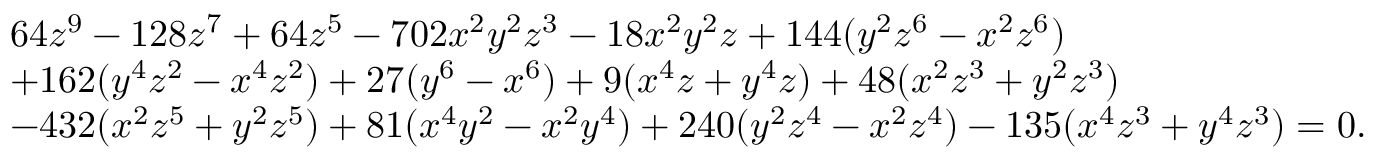
{ \begin{array} { r l } & { 6 4 z ^ { 9 } - 1 2 8 z ^ { 7 } + 6 4 z ^ { 5 } - 7 0 2 x ^ { 2 } y ^ { 2 } z ^ { 3 } - 1 8 x ^ { 2 } y ^ { 2 } z + 1 4 4 ( y ^ { 2 } z ^ { 6 } - x ^ { 2 } z ^ { 6 } ) } \\ & { + 1 6 2 ( y ^ { 4 } z ^ { 2 } - x ^ { 4 } z ^ { 2 } ) + 2 7 ( y ^ { 6 } - x ^ { 6 } ) + 9 ( x ^ { 4 } z + y ^ { 4 } z ) + 4 8 ( x ^ { 2 } z ^ { 3 } + y ^ { 2 } z ^ { 3 } ) } \\ & { - 4 3 2 ( x ^ { 2 } z ^ { 5 } + y ^ { 2 } z ^ { 5 } ) + 8 1 ( x ^ { 4 } y ^ { 2 } - x ^ { 2 } y ^ { 4 } ) + 2 4 0 ( y ^ { 2 } z ^ { 4 } - x ^ { 2 } z ^ { 4 } ) - 1 3 5 ( x ^ { 4 } z ^ { 3 } + y ^ { 4 } z ^ { 3 } ) = 0 . } \end{array} }